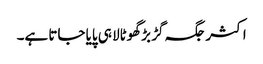
اکثر جگہ گڑ بڑ گھوٹالا ہی پایا جاتا ہے۔